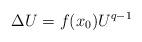
LaTeX: \begin{align*}\Delta U=f(x_0)U^{q-1}\end{align*}